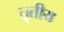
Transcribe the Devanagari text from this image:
त़ृतीय